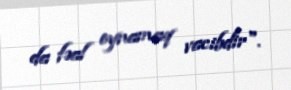
da fəal oynamaq vacibdir".